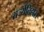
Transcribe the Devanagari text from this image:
राज्येतिहास